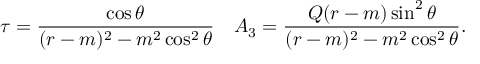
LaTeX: \tau = { \frac { \cos \theta } { ( r - m ) ^ { 2 } - m ^ { 2 } \cos ^ { 2 } \theta } } \quad A _ { 3 } = { \frac { Q ( r - m ) \sin ^ { 2 } \theta } { ( r - m ) ^ { 2 } - m ^ { 2 } \cos ^ { 2 } \theta } } .